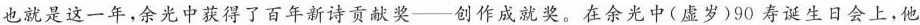
也就是这一年，余光中获得了百年新诗贡奖——创作成就奖。在余光中(虚岁)90寿诞生日会上，他